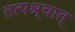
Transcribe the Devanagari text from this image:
तत्पश्र्चात्